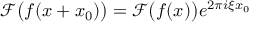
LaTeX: { \mathcal { F } } { \bigl ( } f ( x + x _ { 0 } ) { \bigr ) } = { \mathcal { F } } { \bigl ( } f ( x ) { \bigr ) } e ^ { 2 \pi i \xi x _ { 0 } }